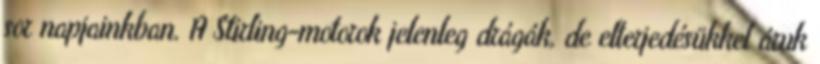
sor napjainkban. A Stirling-motorok jelenleg drágák, de elterjedésükkel áruk